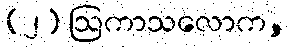
(၂) ဩကာသလောက,